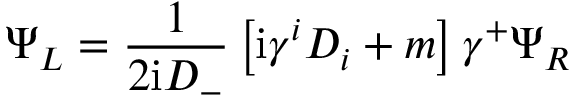
\Psi _ { L } = { \frac { 1 } { 2 \mathrm { i } D _ { - } } } \left[ \mathrm { i } \gamma ^ { i } D _ { i } + m \right] \gamma ^ { + } \Psi _ { R }